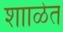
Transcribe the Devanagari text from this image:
शााळेत